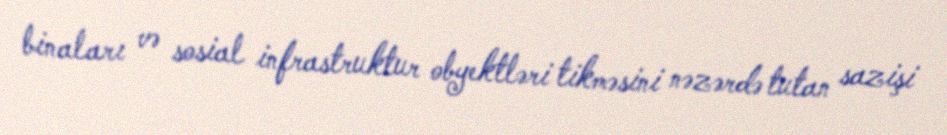
binaları və sosial infrastruktur obyektləri tikməsini nəzərdə tutan sazişi